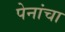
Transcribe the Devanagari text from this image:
पेनांचा